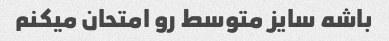
باشه سایز متوسط ​​رو امتحان میکنم